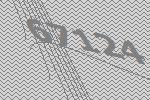
67124